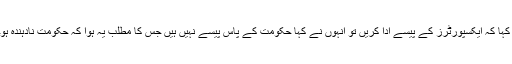
اختیار بیگ نے کہا کہ جب ہم نے وزیراعظم شاہد خاقان سے کہا کہ ایکسپورٹرز کے پیسے ادا کریں تو انہوں نے کہا حکومت کے پاس پیسے نہیں ہیں جس کا مطلب یہ ہوا کہ حکومت نادہندہ ہوچکی ہے اس بارے میں وزیراعظم کو وضاحت کرنی چاہیے۔